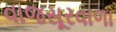
વાજસૂરવાળા